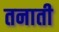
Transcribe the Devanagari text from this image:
तनाती